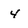
Character: 4